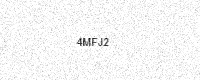
Text: 4MFJ2